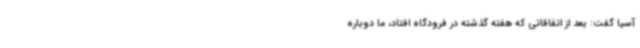
آسیا گفت: بعد از اتفاقاتی که هفته گذشته در فرودگاه افتاد، ما دوباره